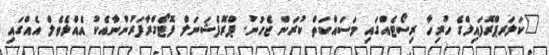
"ކަލަރޕްރޮފައިލްގެ ހުރިހާ ރިސޯޓެއްގައި މަަސައްކަތް ކުރަން ޖެހުނު. ޕްރޮފެޝަނަލް ފޮޓޯގްރާފަރުންނާއެކު އެއްލެވެލް އެއްގައި